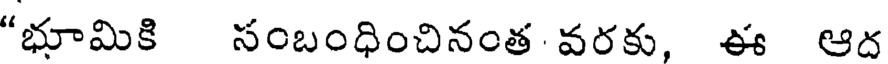
"భూమికి సంబంధించినంత వరకు, ఈ ఆద